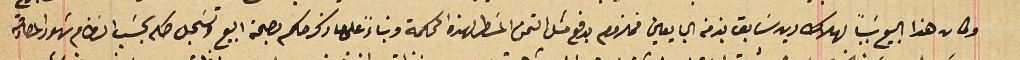
وكان هذا البيع سَبباً لهلاك دين سَابق بذمة البايعين فملزوم بدفع متل التمن المسَطر لهذه المحكمة وبناءً على ما ذكر حكم بصحة البيع وتسَجل صكه بحسَب النظام شهود المصادقة